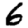
Digit: 6